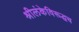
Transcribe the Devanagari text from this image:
श्रीलंकेविरूद्धच